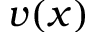
v ( x )